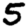
Digit: 5